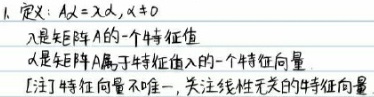
1. 定义：$A\alpha=\lambda\alpha,\alpha\neq0$
$\lambda$是矩阵$A$的一个特征值
$\alpha$是矩阵$A$属于特征值$\lambda$的一个特征向量
[注]特征向量不唯一，关注线性无关的特征向量